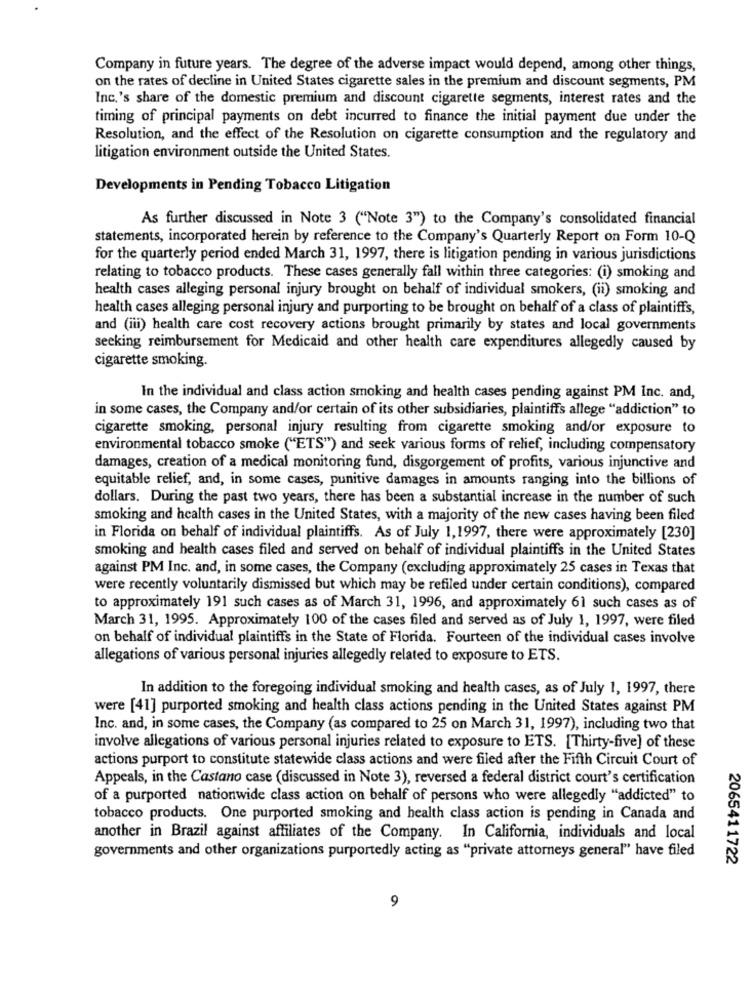
Company in future years. The degree of the adverse impact would depend, among other things,
on the rates of decline in United States cigarette sales in the premium and discount segments, PM
Inc.'s share of the domestic premium and discount cigarette segments, interest rates and the
timing of principal payments on debt incurred to finance the initial payment due under the
Resolution, and the effect of the Resolution on cigarette consumption and the regulatory and
litigation environment outside the United States.
Developments in Pending Tobacco Litigation
As further discussed in Note 3 ("Note 3") to the Company's consolidated financial
statements, incorporated herein by reference to the Company's Quarterly Report on Form 10-Q
for the quarterly period ended March 31, 1997, there is litigation pending in various jurisdictions
relating to tobacco products. These cases generally fall within three categories: (i) smoking and
health cases alleging personal injury brought on behalf of individual smokers, (ii) smoking and
health cases alleging personal injury and purporting to be brought on behalf of a class of plaintiffs,
and (iii) health care cost recovery actions brought primarily by states and local governments
seeking reimbursement for Medicaid and other health care expenditures allegedly caused by
cigarette smoking.
In the individual and class action smoking and health cases pending against PM Inc. and,
in some cases, the Company and/or certain of its other subsidiaries, plaintiffs allege "addiction" to
cigarette smoking, personal injury resulting from cigarette smoking and/or exposure to
environmental tobacco smoke ("ETS") and seek various forms of relief, including compensatory
damages, creation of a medical monitoring fund, disgorgement of profits, various injunctive and
equitable relief, and, in some cases, punitive damages in amounts ranging into the billions of
dollars. During the past two years, there has been a substantial increase in the number of such
smoking and health cases in the United States, with a majority of the new cases having been filed
in Florida on behalf of individual plaintiffs. As of July 1,1997, there were approximately [230]
smoking and health cases filed and served on behalf of individual plaintiffs in the United States
against PM Inc. and, in some cases, the Company (excluding approximately 25 cases in Texas that
were recently voluntarily dismissed but which may be refiled under certain conditions), compared
to approximately 191 such cases as of March 31, 1996, and approximately 61 such cases as of
March 31, 1995. Approximately 100 of the cases filed and served as of July 1, 1997, were filed
on behalf of individual plaintiffs in the State of Florida. Fourteen of the individual cases involve
allegations of various personal injuries allegedly related to exposure to ETS.
In addition to the foregoing individual smoking and health cases, as of July 1, 1997, there
were [41] purported smoking and health class actions pending in the United States against PM
Inc. and, in some cases, the Company (as compared to 25 on March 31, 1997), including two that
involve allegations of various personal injuries related to exposure to ETS. [Thirty-five] of these
actions purport to constitute statewide class actions and were filed after the Fifth Circuit Court of
Appeals, in the Castano case (discussed in Note 3), reversed a federal district court's certification
of a purported nationwide class action on behalf of persons who were allegedly "addicted" to
tobacco products. One purported smoking and health class action is pending in Canada and
another in Brazil against affiliates of the Company. In California, individuals and local
governments and other organizations purportedly acting as "private attorneys general" have filed
2065411722
9